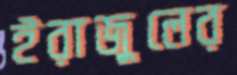
ইরাজুলের